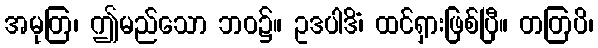
အမုတြ၊ ဤမည်သော ဘဝ၌။ ဥဒပါဒိံ၊ ထင်ရှားဖြစ်ပြီ။ တတြပိ၊